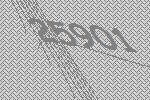
25901